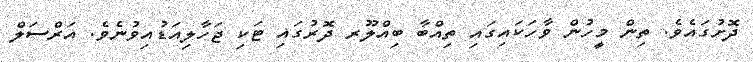
ދޮށުގައެވެ. ތިން މީހުން ވާހަކައިގައި ތިއްބާ ބިއްލޫރ ދޮރުގައި ޓަކި ޖަހާލިއަޑުއިވުނެވެ. އަރްސަލް